Report on horse surra - Volume II, Part I
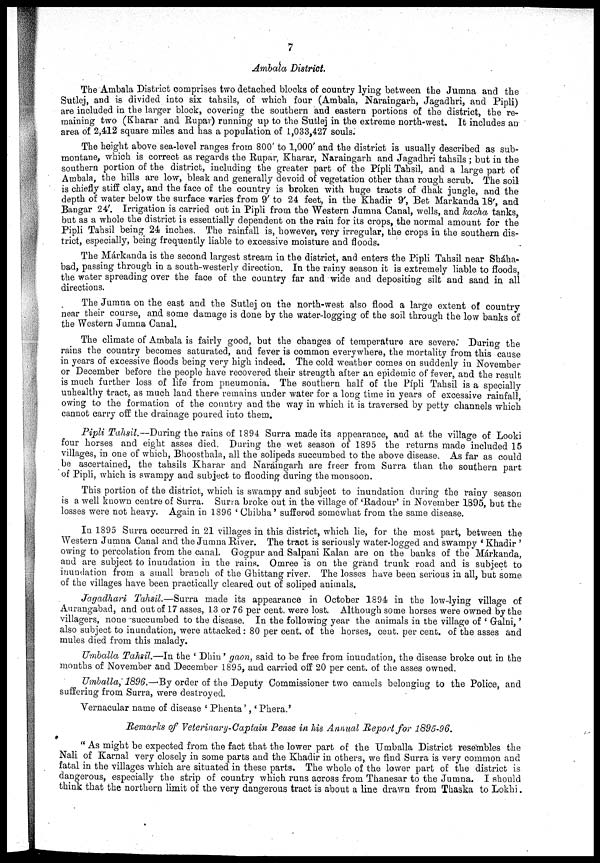
7
Ambala District.
The Ambala District comprises two detached blocks of country lying between the Jumna and the
Sutlej, and is divided into six tahsils, of which four (Ambala, Naraingarh, Jagadhri, and Pipli)
are included in the larger block, covering the southern and eastern portions of the district, the re-
maining two (Kharar and Rupar) running up to the Sutlej in the extreme north-west. It includes an
area of 2,412 square miles and has a population of 1,033,427 souls.
The height above sea-level ranges from 800' to 1,000' and the district is usually described as sub-
montane, which is correct as regards the Rupar, Kharar, Naraingarh and Jagadhri tahsils ; but in the
southern portion of the district, including the greater part of the Pipli Tahsil, and a large part of
Ambala, the hills are low, bleak and generally devoid of vegetation other than rough scrub. The soil
is chiefly stiff clay, and the face of the country is broken with huge tracts of dhak jungle, and the
depth of water below the surface varies from 9' to 24 feet, in the Khadir 9', Bet Markanda 18', and
Bangar 24'. Irrigation is carried out in Pipli from the Western Jumna Canal, wells, and kacha tanks,
but as a whole the district is essentially dependent on the rain for its crops, the normal amount for the
Pipli Tahsil being 24 inches. The rainfall is, however, very irregular, the crops in the southern dis-
trict, especially, being frequently liable to excessive moisture and floods.
The Márkanda is the second largest stream in the district, and enters the Pipli Tahsil near Sháha¬
bad, passing through in a south-westerly direction. In the rainy season it is extremely liable to floods,
the water spreading over the face of the country far and wide and depositing silt and sand in all
directions.
The Jumna on the east and the Sutlej on the north-west also flood a large extent of country
near their course, and some damage is done by the water-logging of the soil through the low banks of
the Western Jumna Canal.
The climate of Ambala is fairly good, but the changes of temperature are severe. During the
rains the country becomes saturated, and fever is common everywhere, the mortality from this cause
in years of excessive floods being very high indeed. The cold weather comes on suddenly in November
or December before the people have recovered their strength after an epidemic of fever, and the result
is much further loss of life from pneumonia. The southern half of the Pipli Tahsil is a specially
unhealthy tract, as much land there remains under water for a long time in years of excessive rainfall,
owing to the formation of the country and the way in which it is traversed by petty channels which
cannot carry off the drainage poured into them.
Pipli Tahsil.—During the rains of 1894 Surra made its appearance, and at the village of Looki
four horses and eight asses died. During the wet season of 1895 the returns made included 15
villages, in one of which, Bhoosthala, all the solipeds succumbed to the above disease. As far as could
be ascertained, the tahsils Kharar and Naráingarh are freer from Surra than the southern part
of Pipli, which is swampy and subject to flooding during the monsoon.
This portion of the district, which is swampy and subject to inundation during the rainy season
is a well known centre of Surra. Surra broke out in the village of 'Radour' in November 1895, but the
losses were not heavy. Again in 1896 ' Chibha' suffered somewhat from the same disease.
In 1895 Surra occurred in 21 villages in this district, which lie, for the most part, between the
Western Jumna Canal and the Jumna River. The tract is seriously water-logged and swampy ' Khadir '
owing to percolation from the canal. Gogpur and Salpani Kalan are on the banks of the Márkanda,
and are subject to inundation in the rains. Omree is on the grand trunk road and is subject to
inundation from a small branch of the Ghittang river. The losses have been serious in all, but some
of the villages have been practically cleared out of soliped animals.
Jagadhari Tahsil.—Surra made its appearance in October 1894 in the low-lying village of
Aurangabad, and out of 17 asses, 13 or 76 per cent. were lost. Although some horses were owned by the
villagers, none succumbed to the disease. In the following year the animals in the village of ' Galni,'
also subject to inundation, were attacked: 80 per cent. of the horses, cent. per cent. of the asses and
mules died from this malady.
Umballa Tahsil.—In the ' Dhin' gaon, said to be free from inundation, the disease broke out in the
months of November and December 1895, and carried off 20 per cent. of the asses owned.
Umballa, 1896.—By order of the Deputy Commissioner two camels belonging to the Police, and
suffering from Surra, were destroyed.
Vernacular name of disease ' Phenta', 'Phera.'
Remarks of Veterinary-Captain Pease in his Annual Report for 1895-96.
" As might be expected from the fact that the lower part of the Umballa District resembles the
Nali of Karnal very closely in some parts and the Khadir in others, we find Surra is very common and
fatal in the villages which are situated in these parts. The whole of the lower part of the district is
dangerous, especially the strip of country which runs across from Thanesar to the Jumna. I should
think that the northern limit of the very dangerous tract is about a line drawn from Thaska to Lokhi.